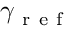
\gamma _ { \mathrm { ~ r ~ e ~ f ~ } }